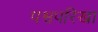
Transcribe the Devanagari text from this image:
पश्वपरिखा